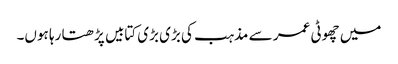
میں چھوٹی عمر سے مذہب کی بڑی بڑی کتابیں پڑھتا رہا ہوں۔